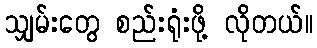
သျှမ်းတွေ စည်းရုံးဖို့ လိုတယ်။